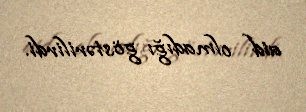
aid olmadığı göstərilirdi.